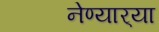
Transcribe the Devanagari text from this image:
नेण्यार्‍या